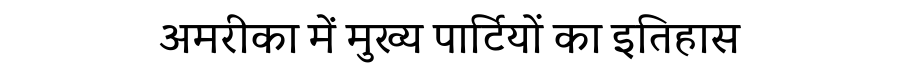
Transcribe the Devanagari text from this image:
अमरीका में मुख्य पार्टियों का इतिहास